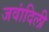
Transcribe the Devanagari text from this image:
जवांदिली